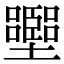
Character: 𡓶